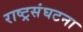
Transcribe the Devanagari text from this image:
राष्ट्रसंघटना